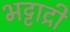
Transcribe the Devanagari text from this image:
भट्टाद्री